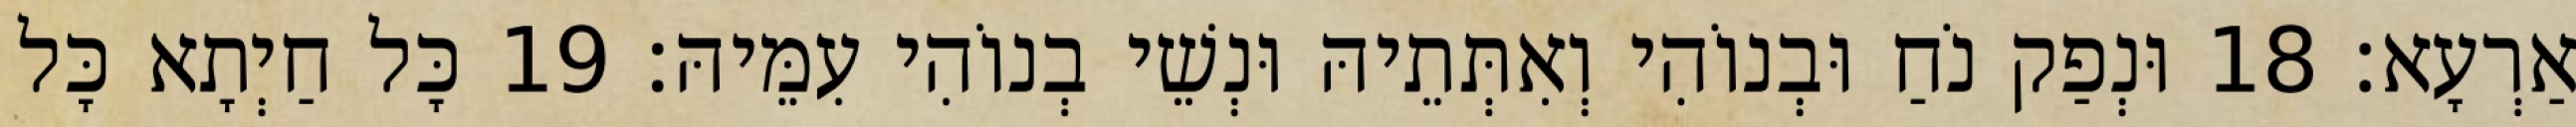
אַרְעָא׃ 18 וּנְפַק נֹחַ וּבְנוֹהִי וְאִתְּתֵיהּ וּנְשֵׁי בְנוֹהִי עִמֵּיהּ׃ 19 כָּל חַיְתָא כָּל